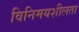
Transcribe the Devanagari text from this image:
विनिमयशीलता